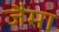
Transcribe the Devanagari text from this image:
जैमा